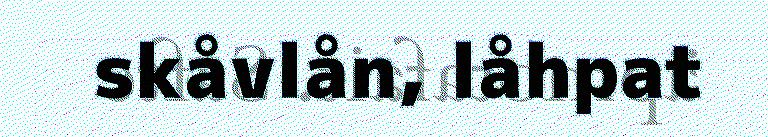
skåvlån, låhpat